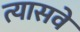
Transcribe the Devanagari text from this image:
त्यासवे